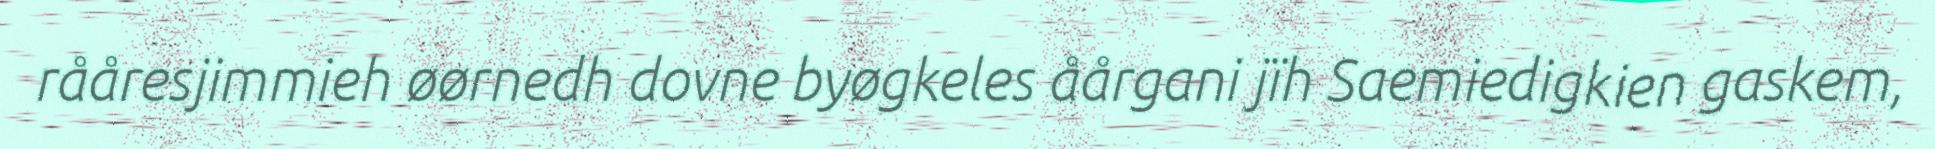
rååresjimmieh øørnedh dovne byøgkeles åårgani jïh Saemiedigkien gaskem,